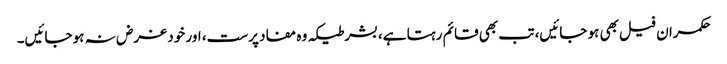
حکمران فیل بھی ہو جائیں، تب بھی قائم رہتا ہے، بشرطیکہ وہ مفاد پرست، اور خود غرض نہ ہو جائیں۔